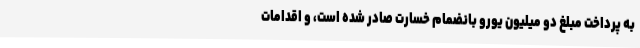
به پرداخت مبلغ دو میلیون یورو بانضمام خسارت صادر شده است، و اقدامات